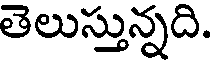
తెలుస్తున్నది.